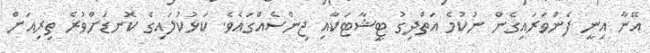
އޭނާ އިނީ ފެންވަރައިގެން ނުކުމެ އަތްދިގު ޓީޝާޓަކާއި ޖިންސެއްގައެވެ. ކަޅުކުލައިގެ ކޮނޑަށްވުރެ ތިރިއަށް